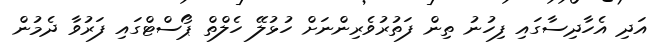
އަދި އެހާދިސާގައި ފިހުނު ތިން ފަތުރުވެރިންނަަށް ހުޅުލޭ ހެލްތް ޕޯސްޓްގައި ފަރުވާ ދެމުން